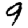
Digit: 9